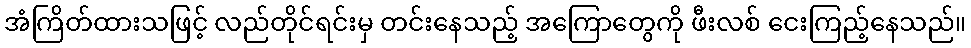
အံကြိတ်ထားသဖြင့် လည်တိုင်ရင်းမှ တင်းနေသည့် အကြောတွေကို ဖီးလစ် ငေးကြည့်နေသည်။